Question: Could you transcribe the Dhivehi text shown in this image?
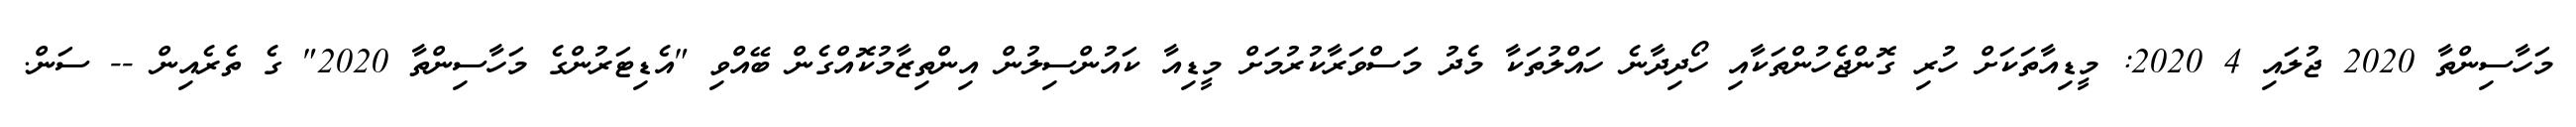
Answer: މަހާސިންތާ 2020 ޖުލައި 4 2020: މީޑިއާތަކަށް ހުރި ގޮންޖެހުންތަކާއި ހޯދިދާނެ ހައްލުތަކާ މެދު މަސްވަރާކުރުމަށް މީޑިއާ ކައުންސިލުން އިންތިޒާމުކޮއްގެން ބޭއްވި "އެޑިޓަރުންގެ މަހާސިންތާ 2020" ގެ ތެރެއިން -- ސަން.